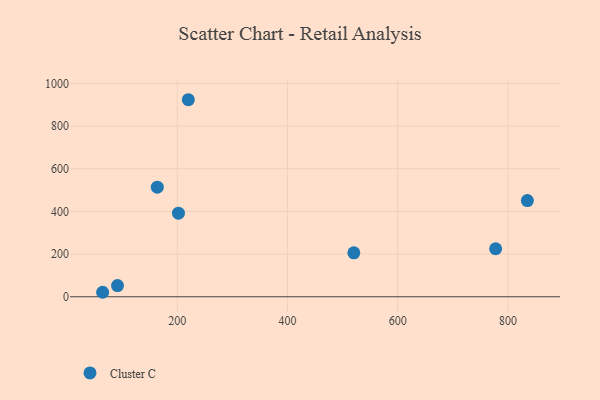
{"axis": {"x": "Engine Size", "y": "Sales"}, "legend": ["Cluster C"], "data": [{"x": "835.2", "y": 450.8, "type": "Cluster C"}, {"x": "202.1", "y": 391.5, "type": "Cluster C"}, {"x": "220.0", "y": 923.3, "type": "Cluster C"}, {"x": "91.5", "y": 52.4, "type": "Cluster C"}, {"x": "163.7", "y": 513.3, "type": "Cluster C"}, {"x": "64.5", "y": 21.0, "type": "Cluster C"}, {"x": "520.3", "y": 205.7, "type": "Cluster C"}, {"x": "777.6", "y": 224.9, "type": "Cluster C"}]}